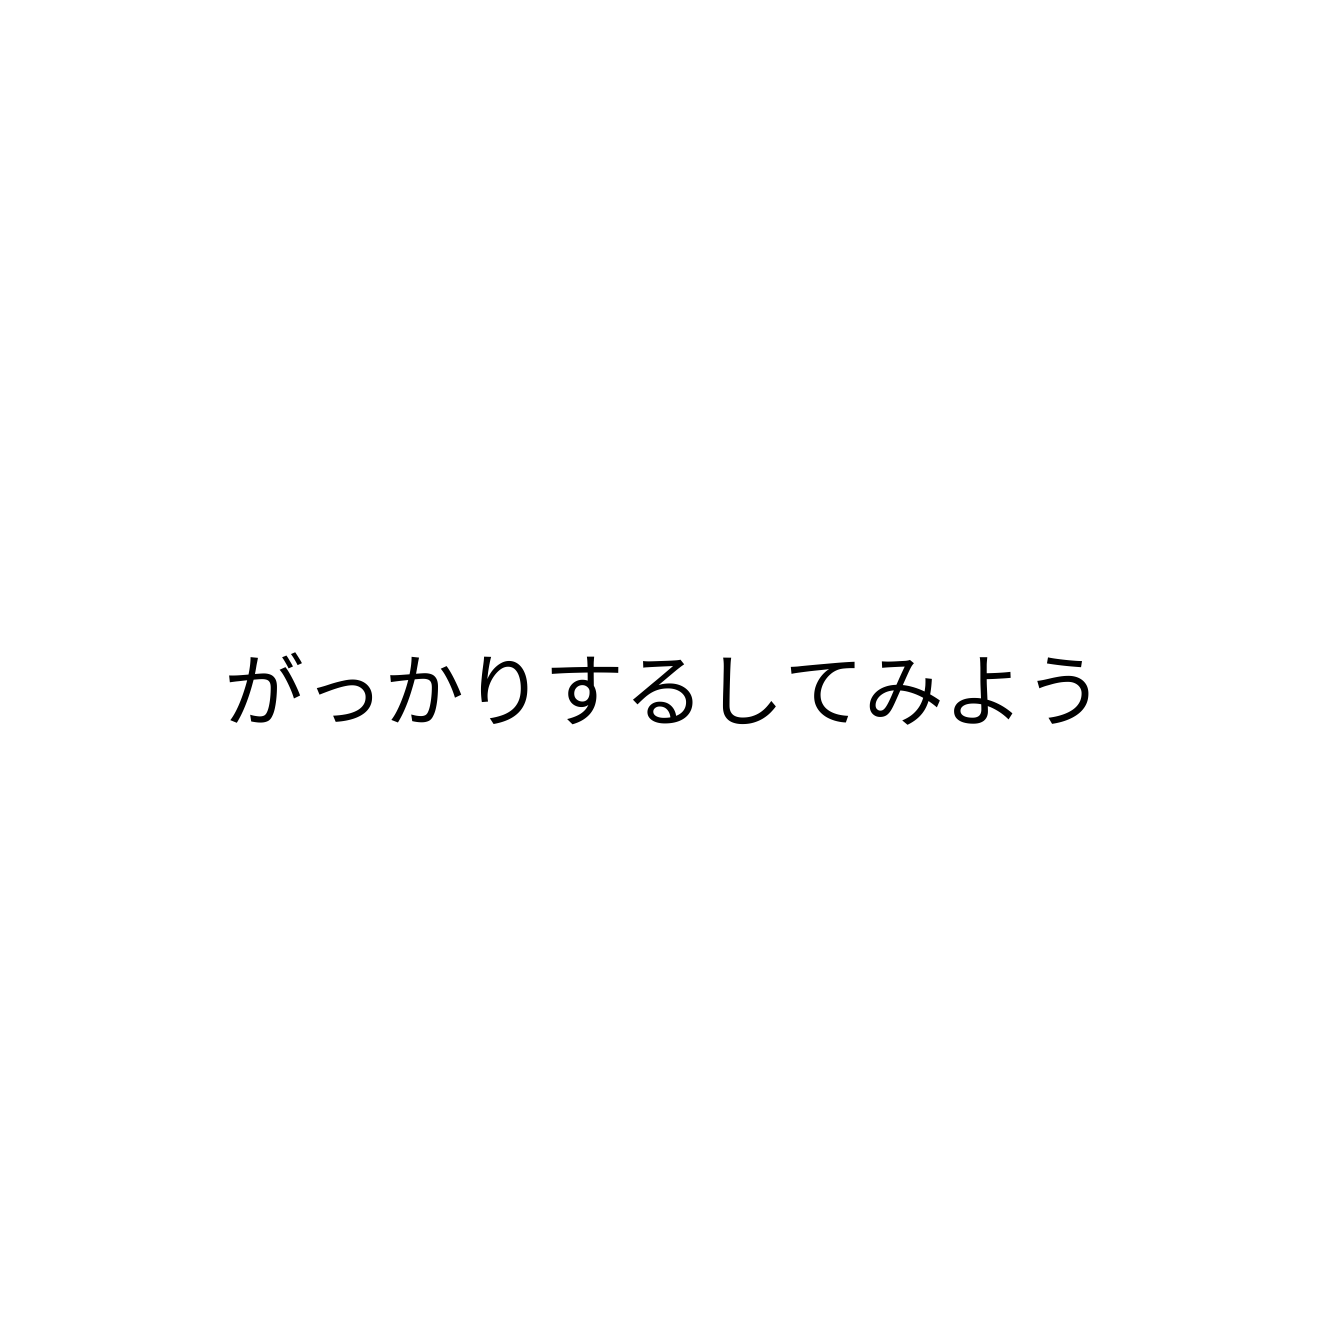
がっかりするしてみよう